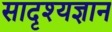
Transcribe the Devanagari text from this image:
सादृश्यज्ञान